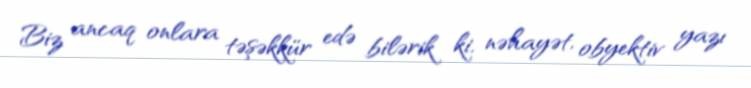
Biz ancaq onlara təşəkkür edə bilərik ki, nəhayət, obyektiv yazı